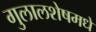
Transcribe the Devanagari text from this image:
गुलालशेषमधे